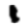
Digit: 1